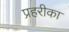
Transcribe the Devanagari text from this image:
प्रहरीका